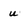
Character: u